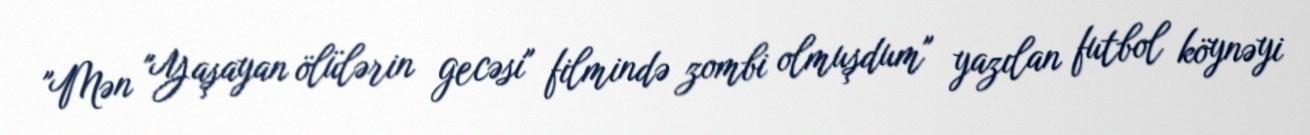
"Mən "Yaşayan ölülərin gecəsi" filmində zombi olmuşdum" yazılan futbol köynəyi